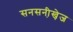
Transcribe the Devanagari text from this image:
सनसनी़खे़ज